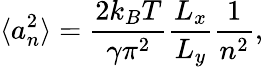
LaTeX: \langle a_{n}^{2}\rangle=\frac{2k_{B}T}{\gamma\pi^{2}}\frac{L_{x}}{L_{y}}\frac{1}{n^{2}},